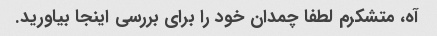
آه، متشکرم لطفا چمدان خود را برای بررسی اینجا بیاورید.